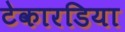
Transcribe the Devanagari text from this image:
टेकारडिया